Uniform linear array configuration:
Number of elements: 32
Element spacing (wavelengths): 0.75
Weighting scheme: exponential
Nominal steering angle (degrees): -60
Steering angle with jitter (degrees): -59.857
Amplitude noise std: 0.05
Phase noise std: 0.05

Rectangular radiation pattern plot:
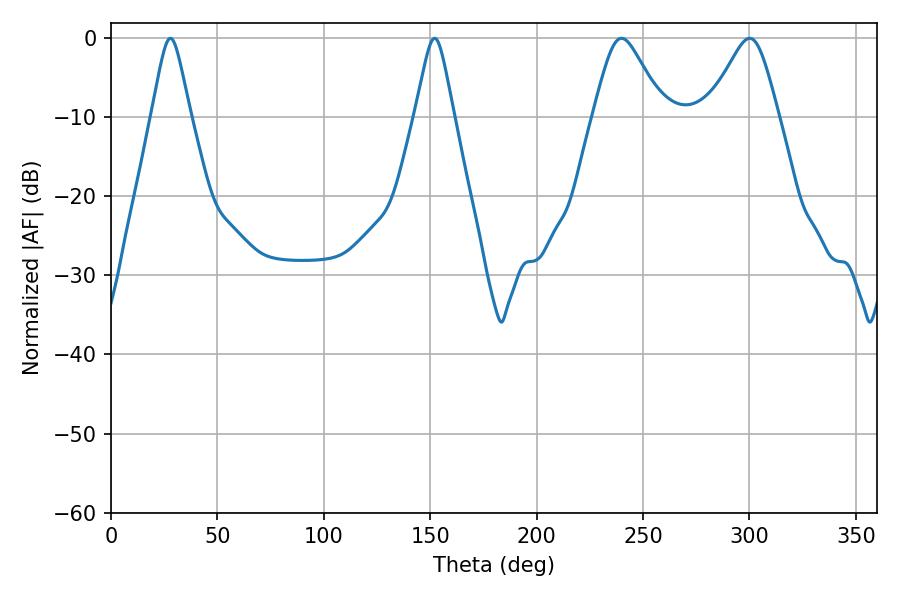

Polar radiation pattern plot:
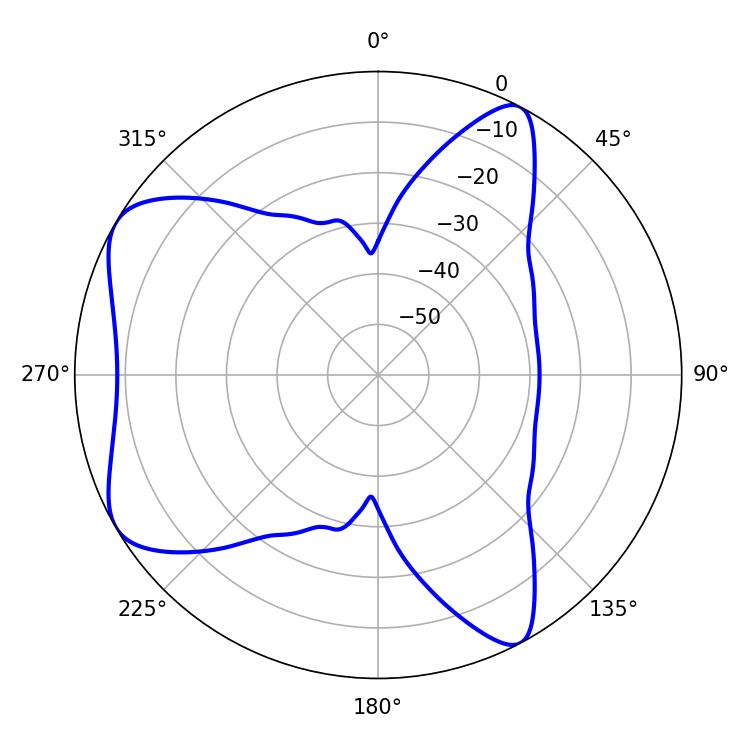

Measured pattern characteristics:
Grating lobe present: TRUE
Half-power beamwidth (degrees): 8.64
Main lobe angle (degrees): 27.9